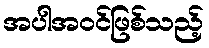
အပါအဝင်ဖြစ်သည့်